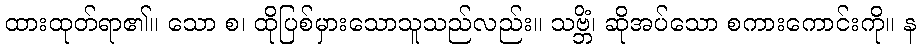
ထားထုတ်ရာ၏။ သော စ၊ ထိုပြစ်မှားသောသူသည်လည်း။ သဗ္ဘိံ၊ ဆိုအပ်သော စကားကောင်းကို။ န